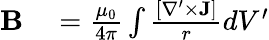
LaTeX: \begin{array}{rl}{{\mathbf B}}&{{}=\frac{\mu_{0}}{4\pi}\int\frac{[\nabla^{\prime}\times{\mathbf J}]}{r}dV^{\prime}}\end{array}